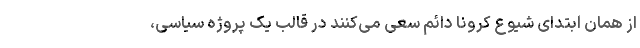
از همان ابتدای شیوع کرونا دائم سعی می‌کنند در قالب یک پروژه سیاسی،